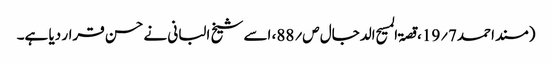
(مسند احمد7؍19،قصۃ المسیح الدجال ص؍88، اسے شیخ البانی نے حسن قرار دیا ہے۔